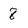
Character: 8